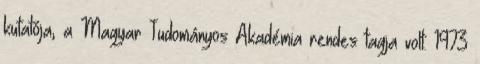
kutatója, a Magyar Tudományos Akadémia rendes tagja volt. 1973